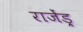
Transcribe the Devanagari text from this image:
राजेंड्र